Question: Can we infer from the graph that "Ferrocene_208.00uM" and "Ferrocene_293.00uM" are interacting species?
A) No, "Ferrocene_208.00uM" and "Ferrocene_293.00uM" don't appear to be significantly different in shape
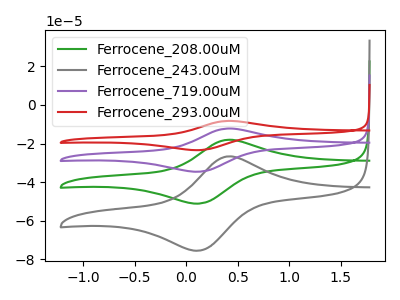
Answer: <think>The green curve "Ferrocene_208.00uM" has an anodic peak at (0.40V, -18.05uA) and a cathodic peak at (0.10V, -51.10uA). The gray curve "Ferrocene_243.00uM" has an anodic peak at (0.40V, -26.65uA) and a cathodic peak at (0.10V, -75.50uA). The purple curve "Ferrocene_719.00uM" has an anodic peak at (0.40V, -36.05uA) and a cathodic peak at (0.10V, -102.20uA). The red curve "Ferrocene_293.00uM" has an anodic peak at (0.40V, -54.10uA) and a cathodic peak at (0.10V, -153.30uA).
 All the peaks in "Ferrocene_208.00uM" have a peak in "Ferrocene_293.00uM" at the same potential.</think>
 <answer>A) No, "Ferrocene_208.00uM" and "Ferrocene_293.00uM" don't appear to be significantly different in shape</answer>
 <eval>A</eval>